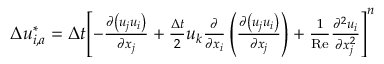
\begin{array} { r } { \Delta u _ { i , a } ^ { * } = \Delta t { { \left[ - \frac { \partial \left( { { u } _ { j } } { { u } _ { i } } \right) } { \partial { { x } _ { j } } } + \frac { \Delta t } { 2 } { { u } _ { k } } \frac { \partial } { \partial { { x } _ { i } } } \left( \frac { \partial \left( { { u } _ { j } } { { u } _ { i } } \right) } { \partial { { x } _ { j } } } \right) + \frac { 1 } { \operatorname { R e } } \frac { { { \partial } ^ { 2 } } { { u } _ { i } } } { \partial x _ { j } ^ { 2 } } \right] } ^ { n } } } \end{array}